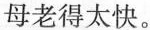
母老得太快。